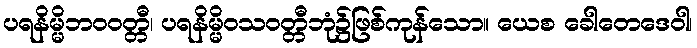
ပရနိမ္မိဘဝဝတ္တီ၊ ပရနိမ္မိဝသဝတ္တီဘုံ၌ဖြစ်ကုန်သော။ ယေစ ခေါတေဒေဝါ၊